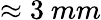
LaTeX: \approx 3~mm